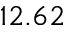
1 2 . 6 2